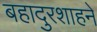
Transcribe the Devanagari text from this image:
बहादुरशाहने